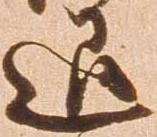
退